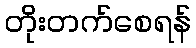
တိုးတက်စေရန်